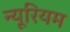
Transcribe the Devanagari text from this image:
न्यूरियम